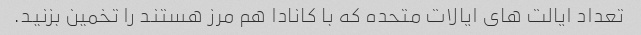
تعداد ایالت های ایالات متحده که با کانادا هم مرز هستند را تخمین بزنید.